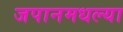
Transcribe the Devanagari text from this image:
जपानमधल्या